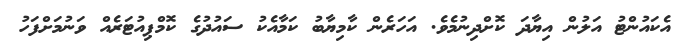
އެކައުންޓު އަލުން އިޔާދަ ކޮށްދިނުމެވެ. އަހަރެން ކާމިޔާބު ކަމާއެކު ސައުދުގެ ކޮމްޕިއުޓަރެއް ވަނުމަށްފަހު